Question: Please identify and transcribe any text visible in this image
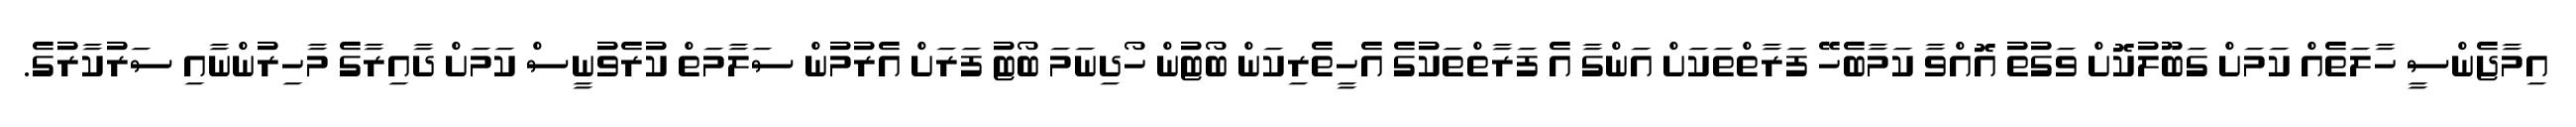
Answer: އިމާޖެންސީ ހާލަތެއް ކަމަށް ގަބޫލުކޮށް ވަގުތު އޮއްވާ ކަމާބެހޭ ފަރާތްތަކަށް އަންގާ އެ ފަރާތްތަކުގެ އެހީތެރިކަން ބޯޓުން ހޯދިނަމަ ބޯޓު ފަރަށް އެރުމުން ސަލާމަތް ކުރެވުނީސް ކަމަށް ދާއިރާގެ މާހިރުންނާއި ސަރުކާރުގެ.